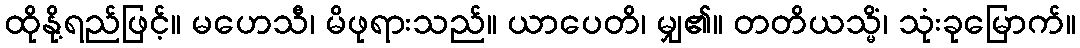
ထိုနို့ရည်ဖြင့်။ မဟေသီ၊ မိဖုရားသည်။ ယာပေတိ၊ မျှ၏။ တတိယသ္မိံ၊ သုံးခုမြောက်။